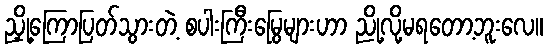
ညှို့ကြောပြတ်သွားတဲ့ စပါးကြီးမြွေများဟာ ညို့လို့မရတော့ဘူးလေ။